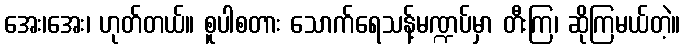
အေး၊အေး၊ ဟုတ်တယ်။ စူပါစတား သောက်ရေသန့်မဏ္ဍပ်မှာ တီးကြ၊ ဆိုကြမယ်တဲ့။